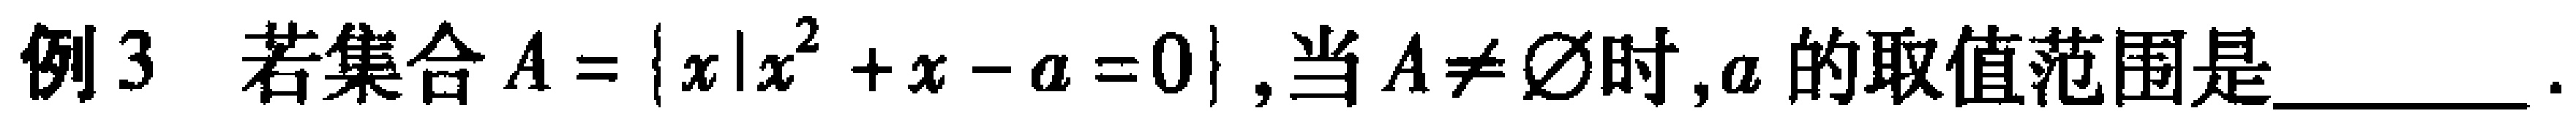
例3 若集合\(A = \{ x|x^{2}+x - a = 0\}\),当\(A\neq\varnothing\)时,\(a\)的取值范围是________.